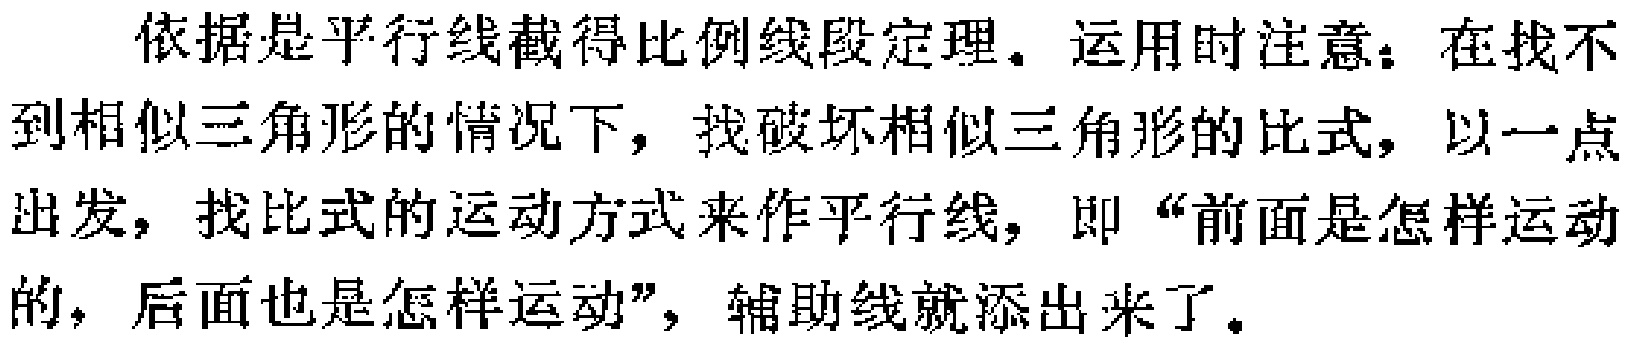
依据是平行线截得比例线段定理。运用时注意：在找不到相似三角形的情况下，找破坏相似三角形的比式，以一点出发，找比式的运动方式来作平行线，即“前面是怎样运动的，后面也是怎样运动”，辅助线就添出来了。